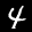
Label: 4